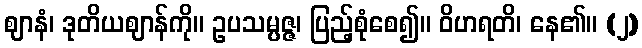
ဈာနံ၊ ဒုတိယဈာန်ကို။ ဥပသမ္ပဇ္ဇ၊ ပြည့်စုံစေ၍။ ဝိဟရတိ၊ နေ၏။ (၂)